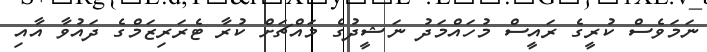
ނަމަވެސް ކުރީގެ ރައީސް މުހައްމަދު ނަޝީދުގެ މައްޗަށް ކުރާ ޓެރަރިޒަމްގެ ދައުވާ އާއި